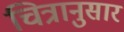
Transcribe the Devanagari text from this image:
चित्रानुसार